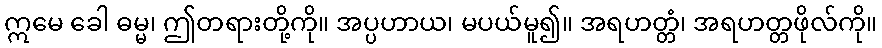
ဣမေ ခေါ ဓမ္မ၊ ဤတရားတို့ကို။ အပ္ပဟာယ၊ မပယ်မူ၍။ အရဟတ္တံ၊ အရဟတ္တဖိုလ်ကို။